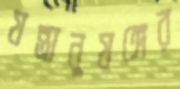
যন্ত্রানুষঙ্গের